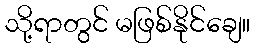
သို့ရာတွင် မဖြစ်နိုင်ချေ။